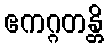
ဧကဂ္ဂတန္တိ